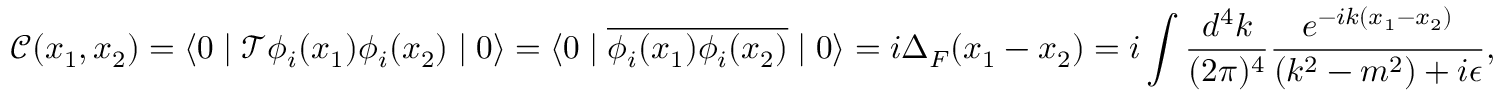
{ \mathcal { C } } ( x _ { 1 } , x _ { 2 } ) = \left\langle 0 \mid { \mathcal { T } } \phi _ { i } ( x _ { 1 } ) \phi _ { i } ( x _ { 2 } ) \mid 0 \right\rangle = \langle 0 \mid { \overline { { \phi _ { i } ( x _ { 1 } ) \phi _ { i } ( x _ { 2 } ) } } } \mid 0 \rangle = i \Delta _ { F } ( x _ { 1 } - x _ { 2 } ) = i \int { { \frac { d ^ { 4 } k } { ( 2 \pi ) ^ { 4 } } } { \frac { e ^ { - i k ( x _ { 1 } - x _ { 2 } ) } } { ( k ^ { 2 } - m ^ { 2 } ) + i \epsilon } } } ,